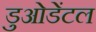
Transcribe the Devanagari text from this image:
डुओडेंटल